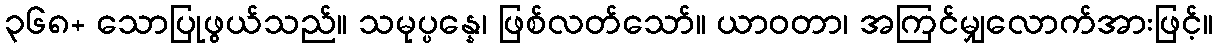
၃၆၈+ သောပြုဖွယ်သည်။ သမုပ္ပန္နေ၊ ဖြစ်လတ်သော်။ ယာဝတာ၊ အကြင်မျှလောက်အားဖြင့်။